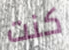
كنت